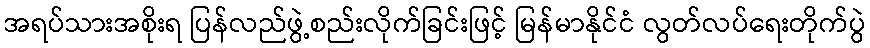
အရပ်သားအစိုးရ ပြန်လည်ဖွဲ့စည်းလိုက်ခြင်းဖြင့် မြန်မာနိုင်ငံ လွတ်လပ်ရေးတိုက်ပွဲ